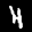
Label: 4